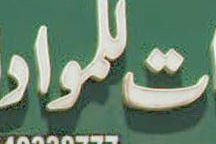
المواد